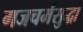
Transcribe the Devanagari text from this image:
गजचर्मसुद्धा